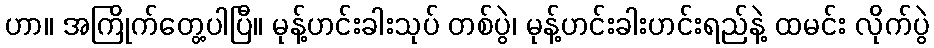
ဟာ။ အကြိုက်တွေ့ပါပြီ။ မုန့်ဟင်းခါးသုပ် တစ်ပွဲ၊ မုန့်ဟင်းခါးဟင်းရည်နဲ့ ထမင်း လိုက်ပွဲ